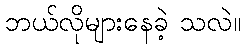
ဘယ်လိုများနေခဲ့ သလဲ။